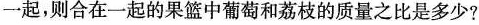
一起，则合在一起的果篮中葡萄和荔枝的质量之比是多少?